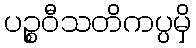
ပဉ္စဝီသတိကပ္ပမှိ